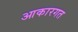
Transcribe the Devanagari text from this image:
आकारगत